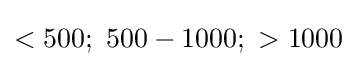
<500;\ 500-1000;\ >1000